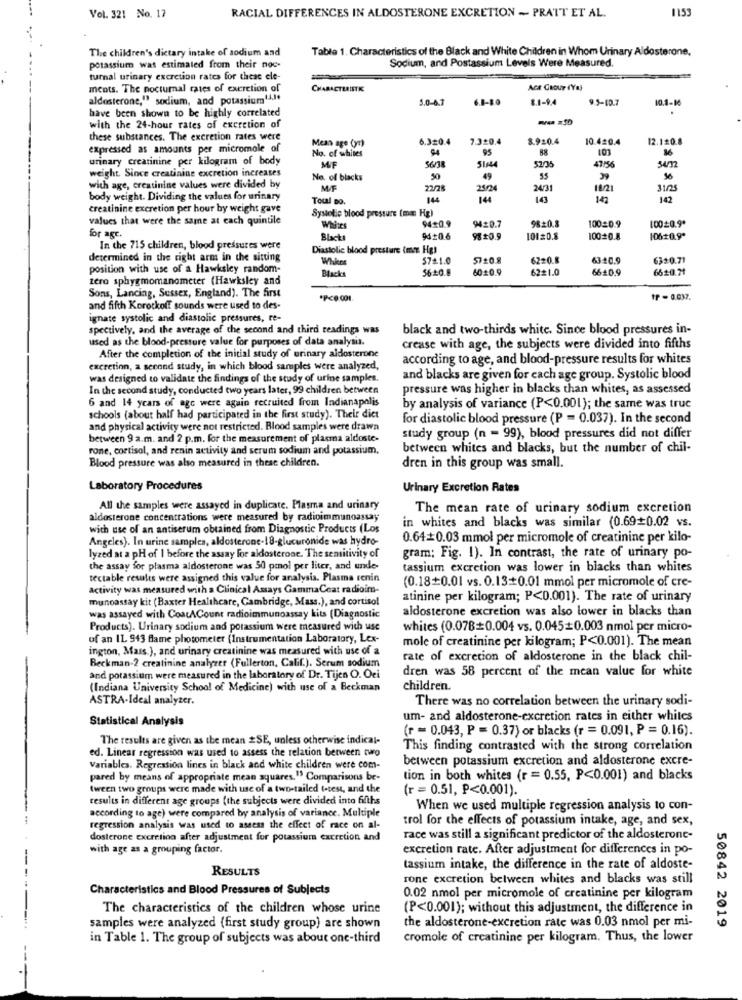
1153
Vol. 321 No. 17
RACIAL DIFFERENCES IN ALDOSTERONE EXCRETION - PRATT ET AL.
The children's dietary intake of sodium and
Table 1. Characteristics of the Black and White Children in Whom Urinary Aldosterone.
Sodium, and Postassium Levels Were Measured.
potassium was estimated from their noc-
turnal urinary excretion rates for these ele-
ments. The nocturnal rates of excretion of
CHARACTERISTK
Aca GROUP (Yal
aldosterone," sodium, and potassium14,1.
5.0-0.7
8.1-94
9.5-10.7
10.1-10
have been shown to be highly correlated
with the 24-hour rates of excretion of
these substances. The excretion rates were
6.320.4
7.320.4
8.920.4
10.420.4
12.120.8
expressed as amounts per micromole of
Meas age (yr)
No. of whites
95
urinary creatinine per kilogram of body
56/38
SIM4
weight. Since creatinine excretion increases
MIF
47/56
No. of blacks
50
49
55
39
with age, creatinine values were divided by
M/F
21/24
24/31
18/21
31/25
body weight. Dividing the values for urinary
Toul Do.
14
144
143
143
142
creatinine excretion per hour by weight gave
Systolic blood pressure (mm Hg)
values that were the same at each quintile
9420.7
98+0.3
Whites
94+0.9
10020.9
10020.9.
for age.
Blacks
9420.6
101=0.8
10020.8
10620.9º
In the 715 children, blood pressures were
Diastolic blood pressure ime Hg!
determined in the right arm in the sitting
Whites
57.1.0
5720.8
6220.8
63:0.9
6320.71
position with use of a Hawksley random-
5640.8
6020.9
62#1.0
6620.9
6620.71
zero sphygmomanometer (Hawksley and
Blacks
Sons, Lancing, Sussex, England). The first
tP - 0.037.
and fifth Korockof! sounds were used to des-
ignate systolic and diastolic pressures, re-
spectively, and the average of the second and third readings was
black and two-thirds white. Since blood pressures in-
used as the blood-pressure value for purposes of data analysis.
crease with age, the subjects were divided into fifths
After the completion of the initial study of urinary aldosterone
according to age, and blood-pressure results for whites
excretion, a second study, in which blood samples were analyzed,
was designed to validate the findings of the study of urine samples.
and blacks are given for cach age group. Systolic blood
In the second study, conducted two years later, 99 children between
pressure was higher in blacks than whites, as assessed
6 and 14 years of age were again recruited from Indianapolis
by analysis of variance (P<0.001); the same was truc
schools (about half had participated in the first study). Their dict
for diastolic blood pressure (P = 0.037). In the second
and physical activity were not restricted. Blood samples were drawn
between 9 a.m. and 2 p.m. for the measurement of plasma aldoste-
study group (n = 99), blood pressures did not differ
rone, cortisol, and renin activity and serum sodium and potassium,
between whites and blacks, but the number of chil-
Blood pressure was also measured in these children.
dren in this group was small.
Laboratory Procedures
Urinary Excretion Rates
All the samples were assayed in duplicate. Plasma and urinary
The mean rate of urinary sodium excretion
aldosterone concentrations were measured by radioimmunoassay
in whites and blacks was similar (0.69=0.02 vs.
with use of an antiserum obtained from Diagnostic Products (Los
Angeles). In urine samples, aldosterone-18-glucuronide was hydro-
0.64+0.03 mmol per micromole of creatinine per kilo-
lyzed at a pH of I before the assay for aldosterone. The sensitivity of
gram; Fig. 1). In contrast, the rate of urinary po-
the assay for plasma aldosterone was 50 pmol per liter, and unde-
tassium excretion was lower in blacks than whites
tectable results were assigned this value for analysis. Plasma renin
(0.18+0.01 vs. 0.13+0.01 mmol per micromole of cre-
activity was measured with a Clinical Assays GammaCoat radioim-
munoassay kit (Baxter Healthcare, Cambridge, Mass.), and cortisol
atinine per kilogram; P<0.001). The rate of urinary
aldosterone excretion was also lower in blacks than
was assayed with CoatACount radioimmunoassay kits (Diagnostic
Products). Urinary sodium and potassium were measured with use
whites (0.078=0.004 vs. 0.045+0.003 nmol per micro-
of an 11. 943 fame photometer (Instrumentation Laboratory, Lex-
mole of creatinine per kilogram; P<0.001). The mean
ington, Mass.), and urinary creatinine was measured with use of a
Beckman-2 creatinine analyzer (Fullerton, Calif.). Serum sodium
rate of excretion of aldosterone in the black chil-
dren was 58 percent of the mean value for white
and potassium were measured in the laboratory of Dr. Tijen O. Oci
(Indiana University School of Medicine) with use of a Beckman
children.
ASTRA-Ideal analyzer.
There was no correlation between the urinary sodi-
Statistical Analysis
um- and aldosterone-excretion rates in either whites
(r = 0.043, P = 0.37) or blacks (r = 0.091, P = 0.16).
The results are given as the mean #SE, unless otherwise indical-
ed. Linear regression was used to assess the relation between two
This finding contrasted with the strong correlation
between potassium excretion and aldosterone excre-
Variables. Regression lines in black and white children were com-
pared by means of appropriate mean squares." Comparisons be-
tion in both whites (r = 0.55, P<0.001) and blacks
tween two groups were made with use of a two-tailed t-test, and the
(r = 0.51, P<0.001).
results in different age groups (the subjects were divided into fifths
according to age) were compared by analysis of variance. Multiple
When we used multiple regression analysis to con-
trol for the effects of potassium intake, age, and sex,
regression analysis was used to assess the effect of race on al-
dosterone excretion after adjustment for potassium excretion and
race was still a significant predictor of the aldosterone-
with age as a grouping factor.
excretion rate. After adjustment for differences in po-
RESULTS
tassium intake, the difference in the rate of aldoste-
rone excretion between whites and blacks was still
Characteristics and Blood Pressures of Subjects
0.02 nmol per micromole of creatinine per kilogram
The characteristics of the children whose urine
(P<0.001); without this adjustment, the difference in
the aldosterone-excretion rate was 0.03 nmol per mi-
samples were analyzed (first study group) are shown
50842 2019
in Table 1. The group of subjects was about one-third
cromole of creatinine per kilogram. Thus, the lower